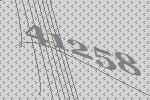
41258